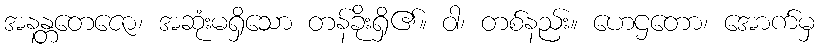
အနန္တတေဇော၊ အဆုံးမရှိသော တန်ခိုးရှိ၏။ ဝါ၊ တစ်နည်း။ ဟေဌတော၊ အောက်မှ